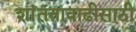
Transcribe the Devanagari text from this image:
शांततावाढीसाठी